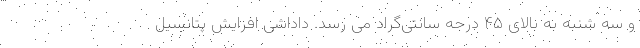
و سه شنبه به بالای ۴۵ درجه سانتی‌گراد می رسد. داداشی افزایش پتانسیل